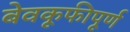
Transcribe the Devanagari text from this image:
बेवकूफीपूर्ण